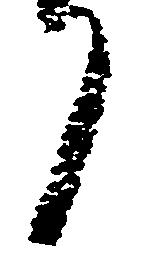
日